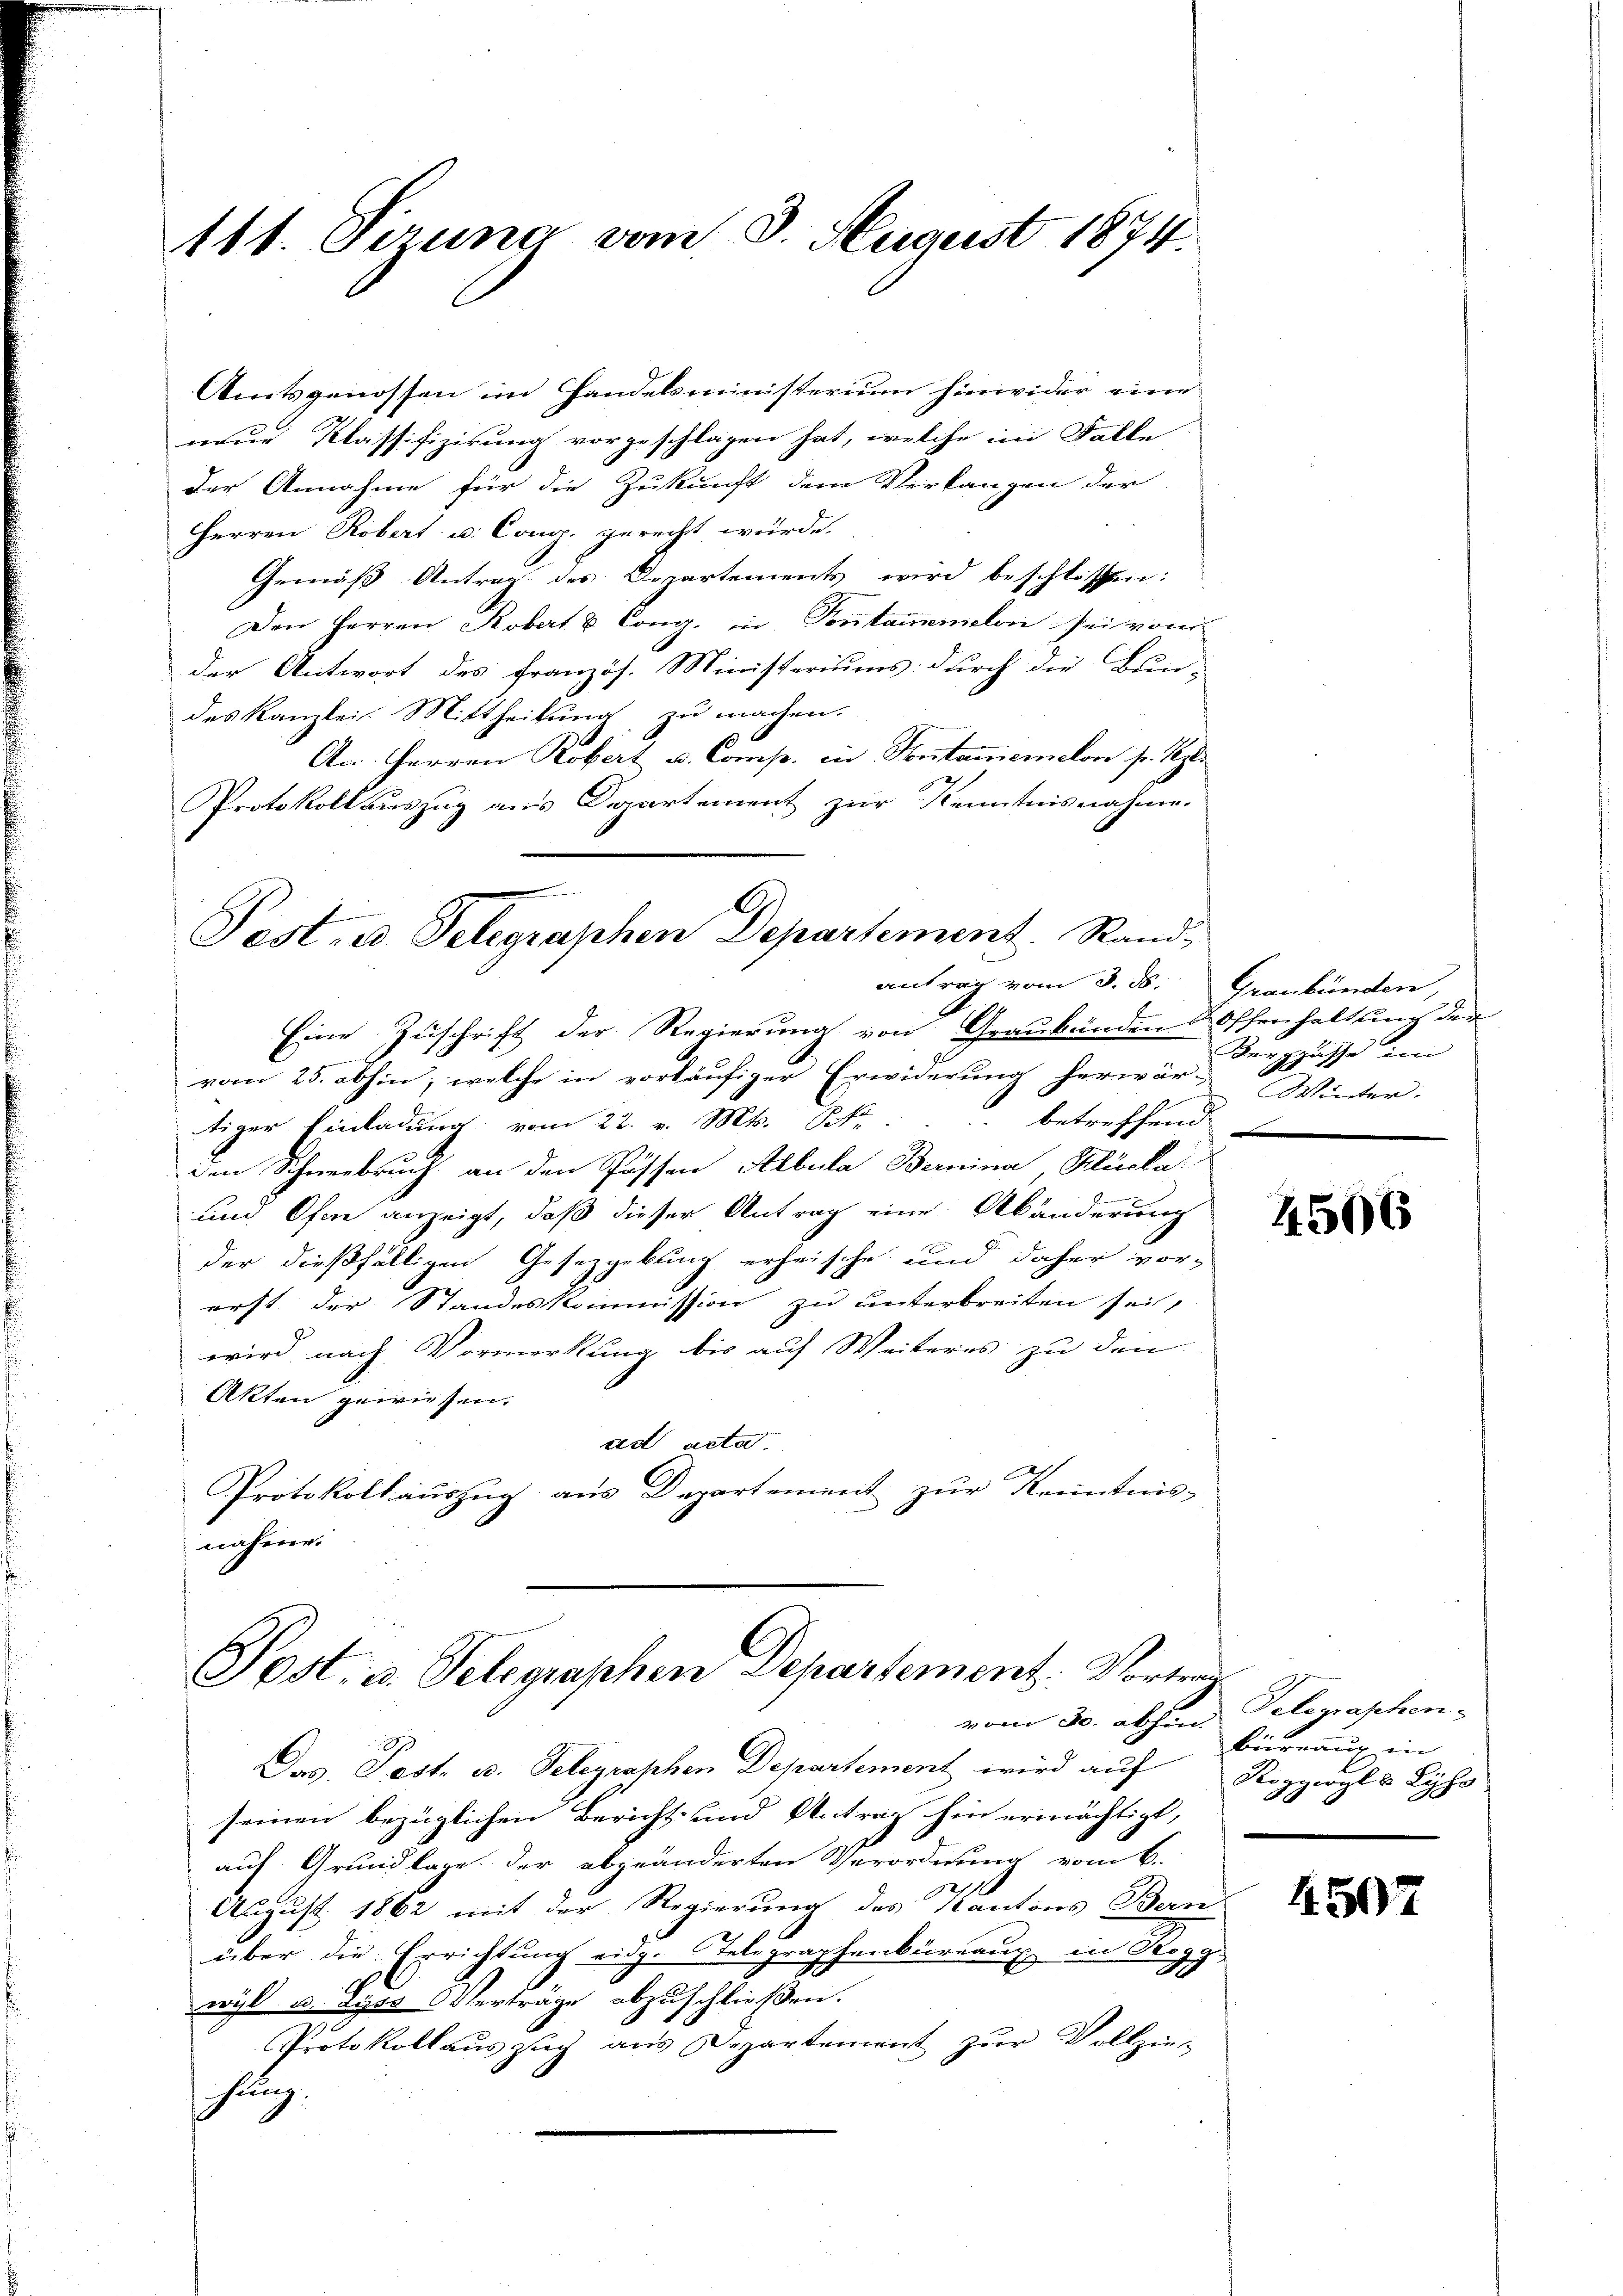
111. Perung vom 3. August 1874.

Amtsgenossen im Handelsministerium hinwider eine
neue Klassifizirung vorgeschlagen hat, welche im Falle
der Annahme für die Zukunft dem Verlangen der
Herren Robert u. Cong. gerecht würde.
Gemäß Antrag des Departements wird beschlossen:
Den Herren Kobert & Cong. in Sontanmelon sei von
der Antwort des französ. Ministeriums durch die Bun-
des Kanzlei- Mittheilung zu machen.
Am. Herren Robert u. Comp. in Sontamenelon sr. Es
Protokollauszug aus Departement zur Kenntnisnahme.
antrag vom 3. ds.
Eine Zuschrift der Regierung von Graubünden & Offenhaltung der
x
vom 25. abhin, welche in vorläufiger Erwiderung herwär-
 betreffend
tiger Einladung vom 22. v. Mts. St
den Schneebruch an den Possen Albula Bernina Klürka
um Ofen anzeigt, daß dieser Antrag eine Abänderung
der dießfälligen Gesetzgebung erheische und daher vor-
erst der Standeskommission zu unterbreiten sei,
wird nach Vormerkung bis auf Weiteres zu den
Akten gewiesen.
ast acter
Protokoll auszug aus Departement zur Kenntnis-
nähme.

Post- u Telegraphen Departement. Rand¬

Post- u. Telegraphen Departement. Vortra
vom 30. abhin Telegraphen-

Graubünden,
Berppässe im
Winter.

Das Post. B. Telegraphen Departement wird auf Roggwyl v Lyss
seinen bezüglichen Bericht und Antrag hin ermächtigt,
auf Grundlage der abgeänderten Verordnung vom 6.
August 1862 mit der Regierung des Kantons Bern
über die Errichtung eidg. Selegraphenbureaux in Doggi
wyl u. Lyss Verträge abzuschließen.
Protokollaus zug aus Departement zur Vollzie-
hung.

4506

büreaux in

4507